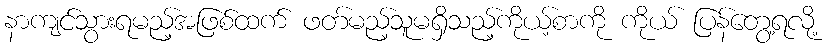
နာကျင်သွားရမည့်အဖြစ်ထက် ဖတ်မည့်သူမရှိသည့်ကိုယ့်စာကို ကိုယ် ပြန်တွေ့ရလို့